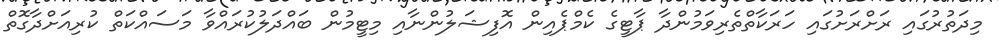
މިދަތުރުގައި ރަަށްރަށުގައި ހަރަކާތްތެރިވަމުންދާ ޕާޓީގެ ކެމްޕެއިން އޮފިޝަލުންނާއި މިޓީމުން ބައްދަލުކުރައްވާ މަސައްކަތް ކުރިއަށްދާގޮތް